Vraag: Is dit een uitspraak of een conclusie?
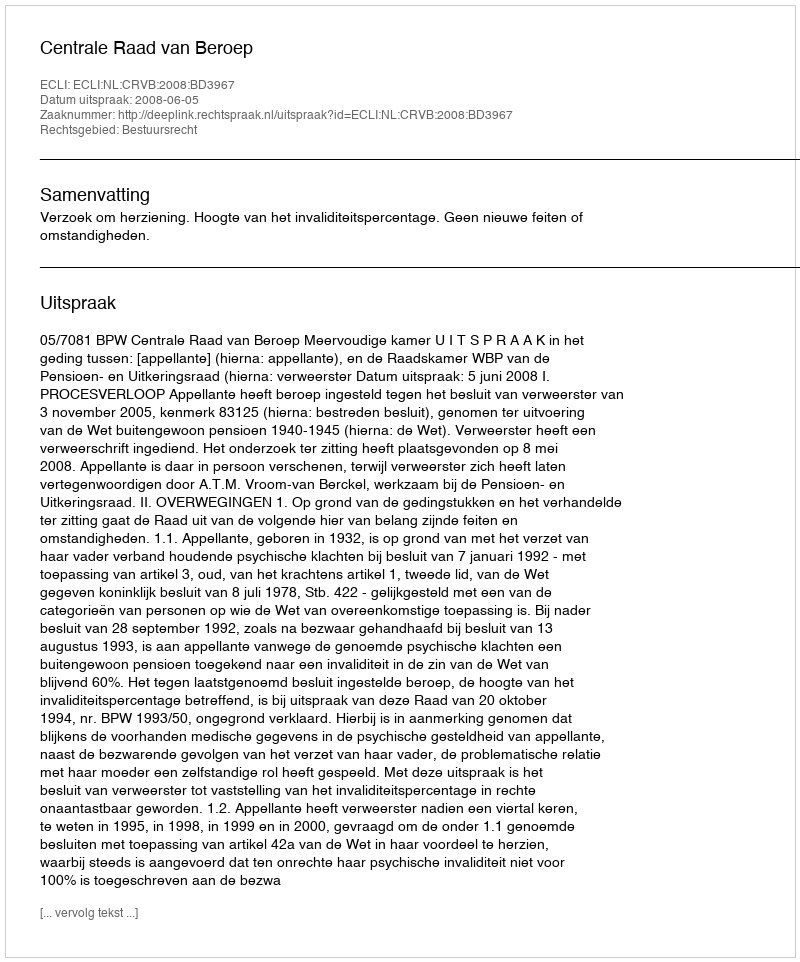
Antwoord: Uitspraak